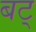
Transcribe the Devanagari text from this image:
बट्